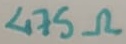
Text: 475Ω